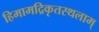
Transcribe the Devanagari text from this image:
हिमामद्रिकृतस्थलाम्